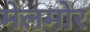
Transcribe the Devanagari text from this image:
मेलमोर